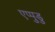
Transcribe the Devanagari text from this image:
एप्पुडु